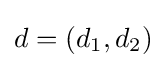
d=(d_{1},d_{2})